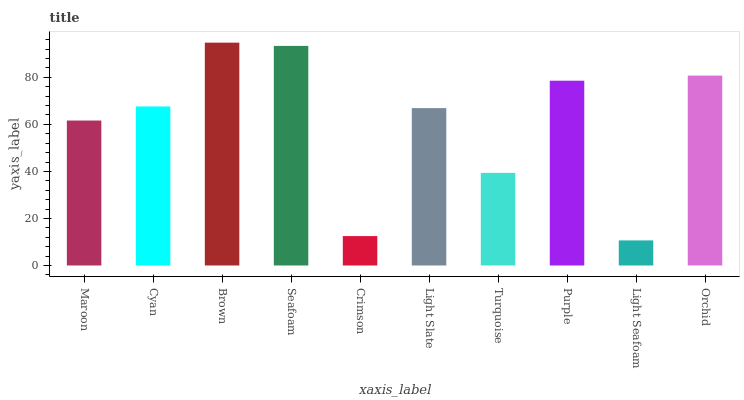
| xaxis_label | bars |
 | --- | --- |
 | Maroon | 61.7 |
 | Cyan | 67.6 |
 | Brown | 94.8 |
 | Seafoam | 93.4 |
 | Crimson | 12.5 |
 | Light Slate | 66.9 |
 | Turquoise | 39.4 |
 | Purple | 78.6 |
 | Light Seafoam | 10.7 |
 | Orchid | 80.8 |